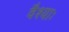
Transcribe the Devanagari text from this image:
वैश्याः